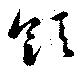
領